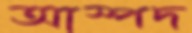
আস্পদ